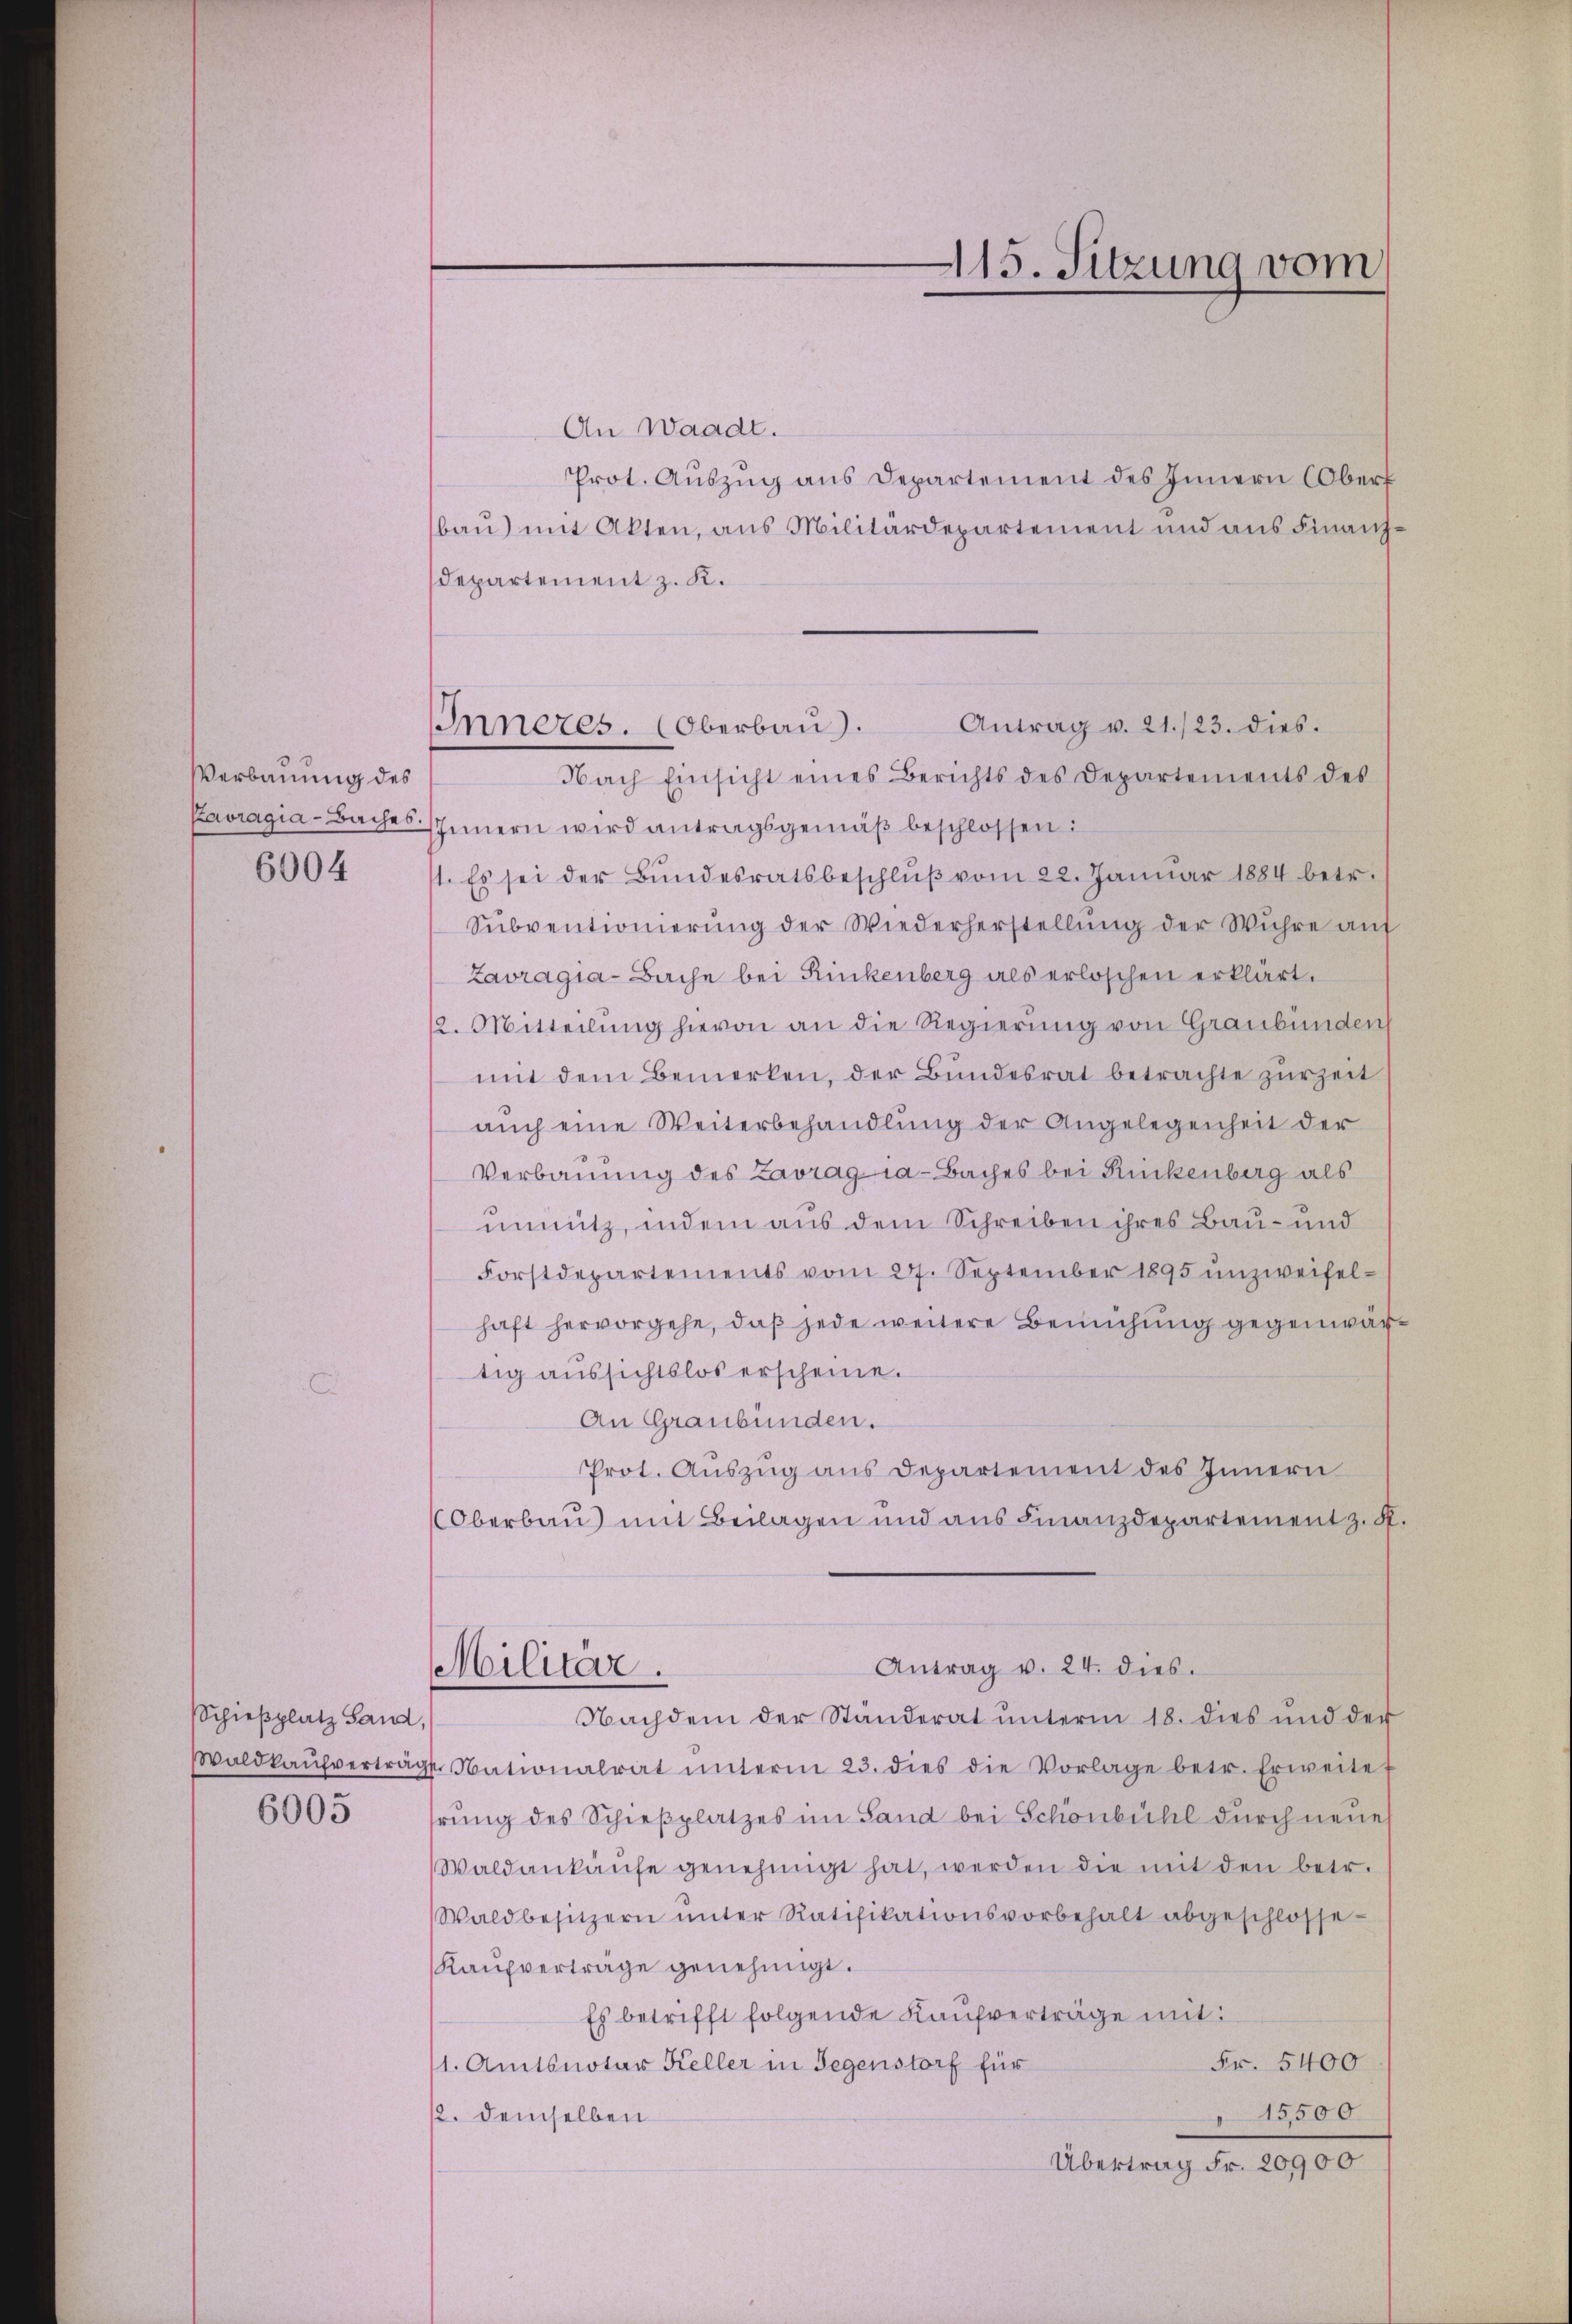
Verbauung des
Kavragia-Baches.
6004

Schießplatz Sand,
WWaldkaufvertrags
6005

115. Sitzung vom

An Waadt.
Prot. Aŭszŭg ans Departement des Innern Oberf
bau) mit Akten, aus Militärdepartement und aus Finanz-
Departement z. K.
Antrag v. 21./23. dies.
Inneres. Oberbau.
Nach Einsicht eines Berichts des Departements des
Innern wird antragsgemäβ beschlossen:
1. Es sei der Bŭndesratsbeschlŭβ vom 22. Januar 1884 betr.
Sŭbventionierŭng der Wiederherstellŭng der Wŭhre auf
Zavragia-Bache bei Rikenberg als erloschen erklärt.
12. Mitteilung hievon an die Regierung von Graubünden
mit dem Bemerken, der Bundesrat betrachte zŭr Zeit
aŭch eine Weiterbehandlŭng der Angelegenheit der
Verbauung des Zarragia-Baches bei Rückenberg als
unnütz, indem aus dem Schreiben ihres Bau- und
Forstdepartements vom 27. September 1895 unzweifel-
haft hervorgehe, daß jede weitere Bemühung gegenwärtig aussichtslos erscheine.
An Graubünden.
Prot. Aŭszŭg ans Departement des Innern
Oberbau mit Beilagen und aus Finanzdepartement z. S
Antrag v. 24. dies.
Militäre.
Nachdem der Ständerat unterm 18. dies und der
Nationalrat ŭnterm 23. dies die Vorlage betr. Erweitet
hrung des Schieβplatzes im Sand bei Schönbühl durch neue
Waldankaŭfe genehmigt hat, werden die mit den betr.
Waldbesitzern ŭnter Ratifikationsvorbehalt abgeschlosse¬
Kaufvertrage genehmigt.
Es betrifft folgende Kaŭfverträge mit:
Fr. 5400
1. Amtsnotar Keller in Gegenstorf für
12. demselben
15500
Übertrag Fr. 20900